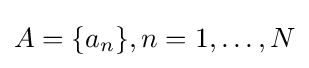
A=\{a_{n}\},n=1,\ldots ,N